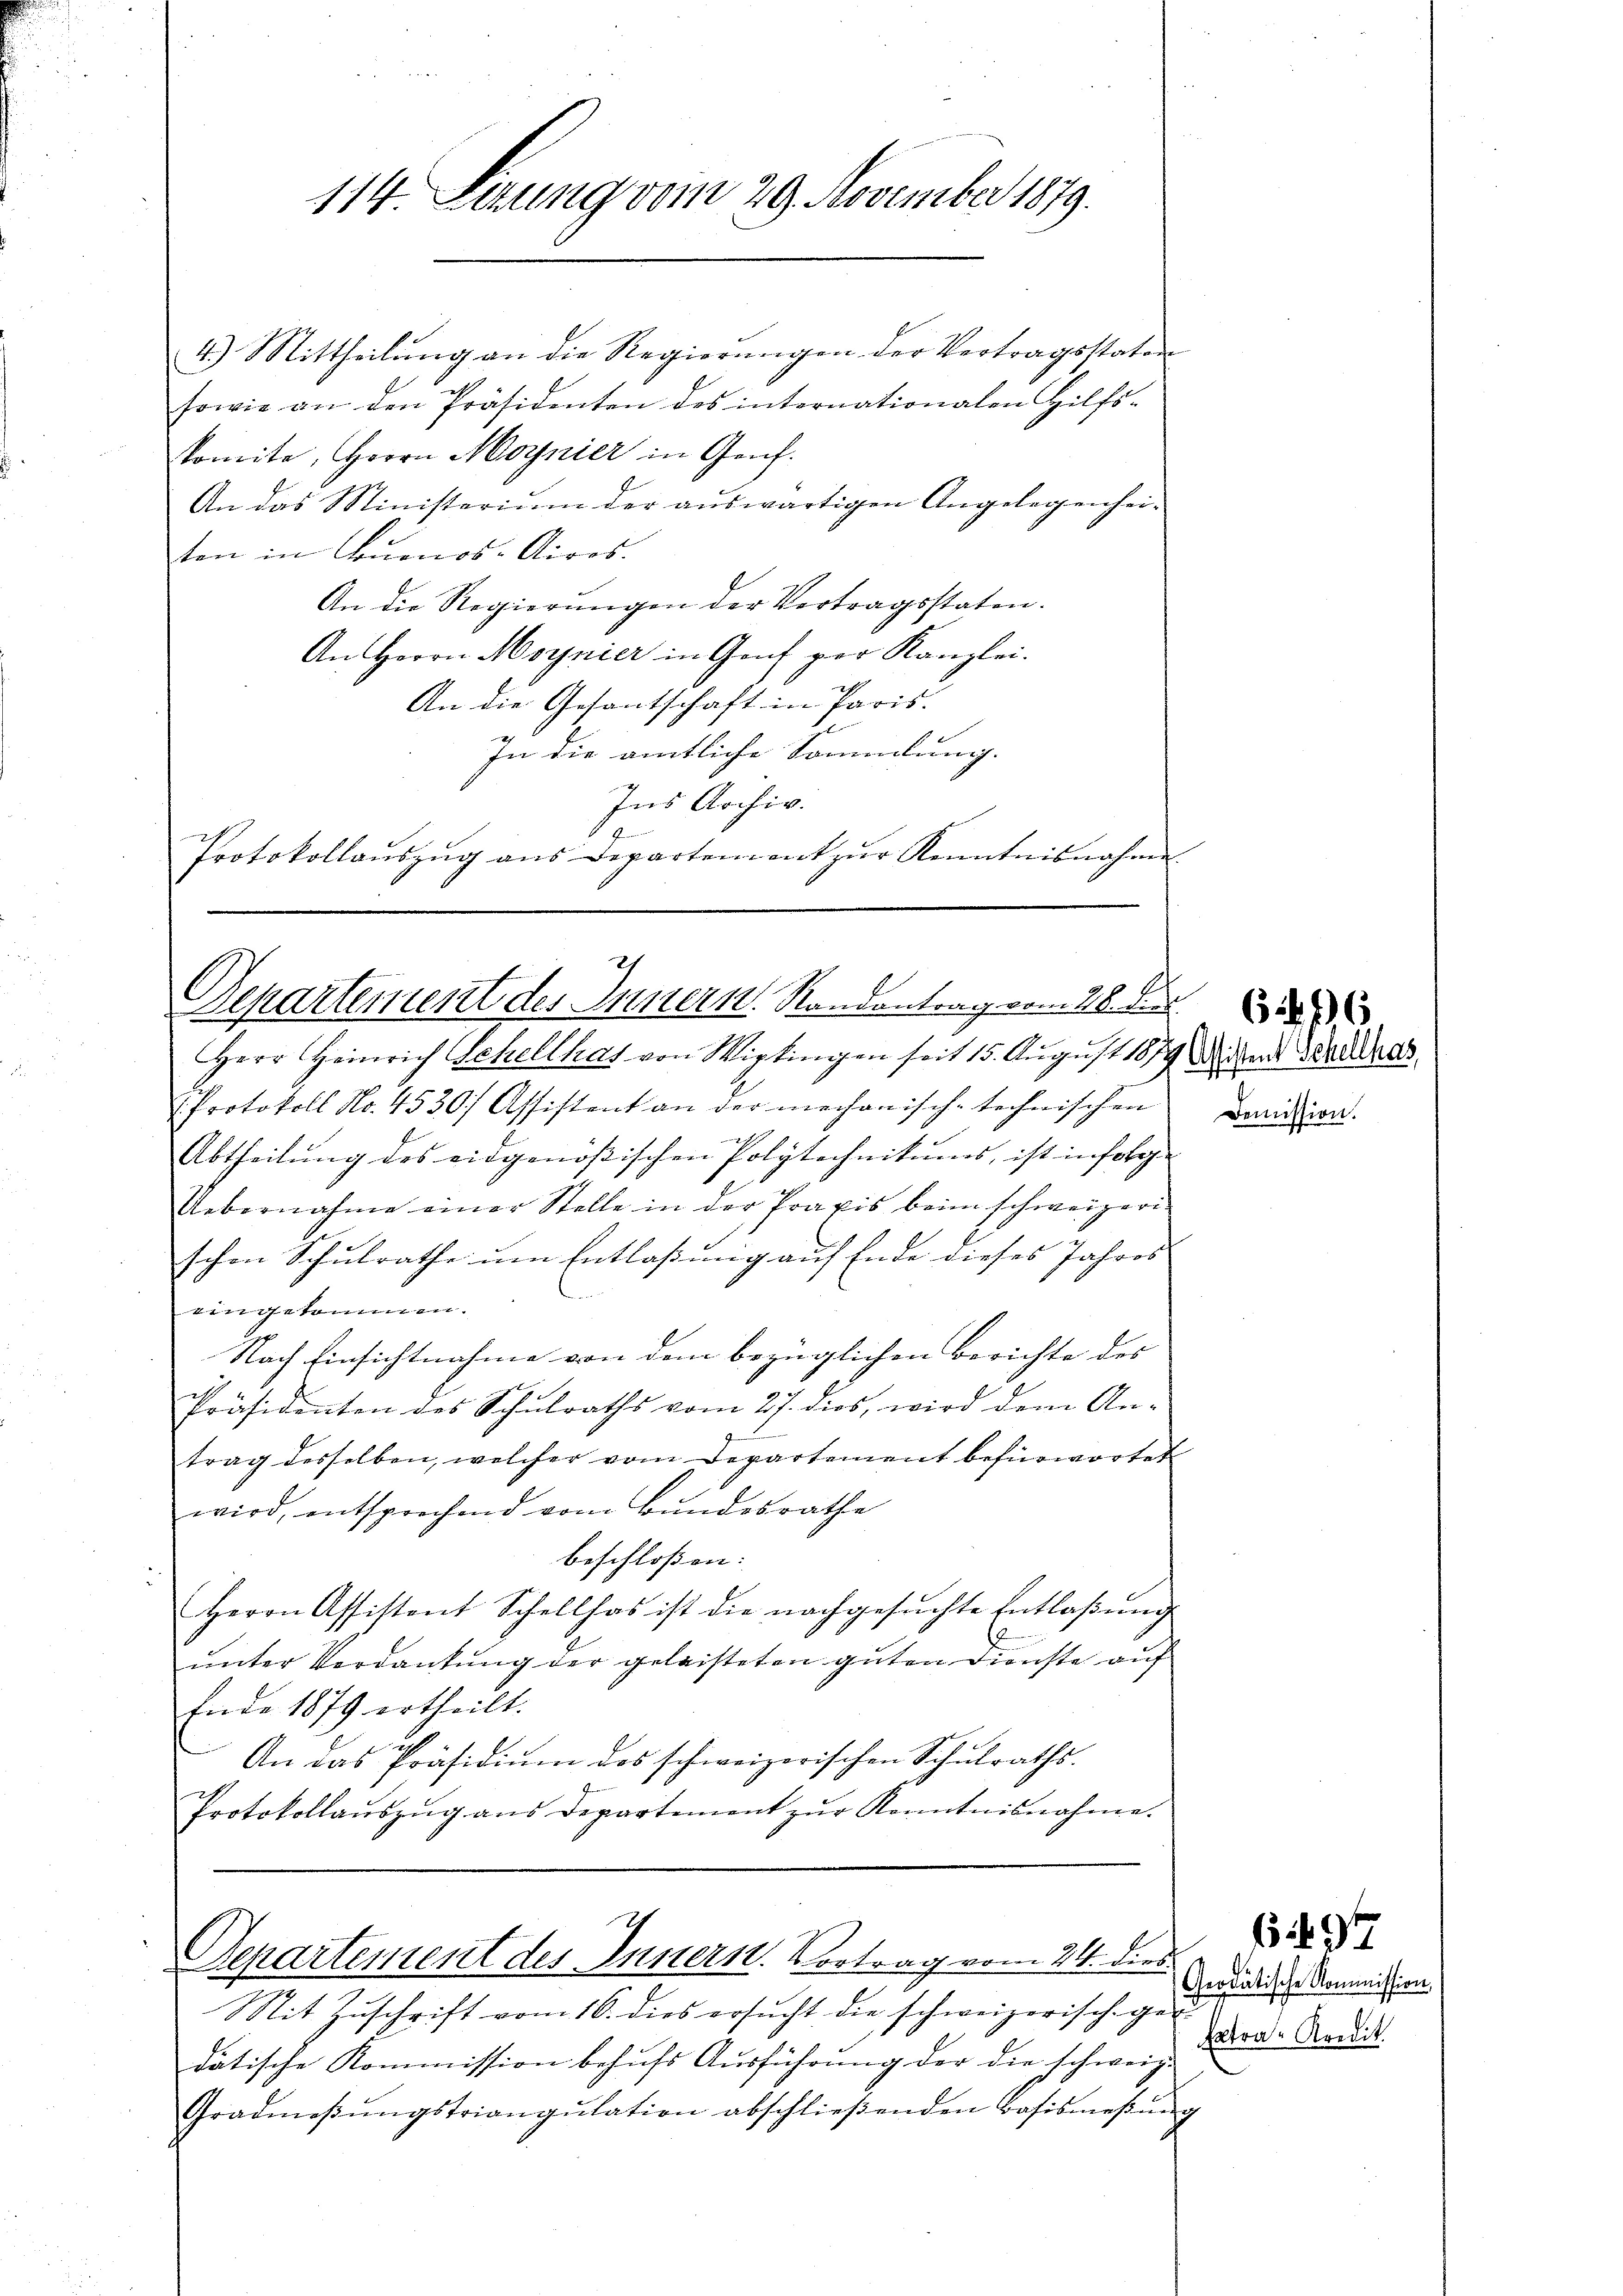
114 Sizung vom 29. November 1879.

4.) Mittheilŭng an die Regierŭngen der Vertragsstaten
sowie an den Präsidenten des internationalen Hilfs-
komite, Herrn Moynier in Genf.
An das Ministerium der auswärtigen Angelegenhei-
ten in Buenos-Aires.
An die Regierŭngen der Vertragsstaten.
An Herrn Moynier in Genf per Kanzlei-
An die Gesantschaft in Paris.
In die amtliche Sammlung.
Ins Archiv.

Protokollaŭszŭg ans Departement zŭr Kenntnisnahme

Departement des Innern Randantrag vom 28. de

Herr Heinrich Schellhas von Wipkingen seit 15. August 1879 die Belas
PProtokoll No. 4530/ Assistent an der mechanisch-techerischen
Abtheilung des eidgenößischen Polytechnikums, ist infolg
Uebernahme einer Stelle in der Praxis beim schweizeri
schon Schulrathe um Entlaßung auf Ende dieses Jahres
vingekommen.
Nach Einsichtnahme von dem bezüglichen Berichte des
Präsidenten des Schŭlraths vom 27. dies, wird dem An-
trag desselben, welcher vom Departement befürwortet
wird, entsprechend vom Bundesrathe
beschloßen:
Herrn Assistant Schellhos ist die nachgesŭchte Entlaβŭng
unter Verdankung der geleisteten guten Dienste auf
Ende 1879 ertheilt.
An das Präsidiŭm des schweizerischen Schulraths-
Protokollaŭszŭg ans Departement zŭr Kenntnisnahme.

Departement des Innern. Vortrag vom 24. dies

Sit Zuschrift vom 16. dies ersucht die schweizerische Ge-
dätische Kommission behŭfs Aŭsführŭng der die schweiz. Para-Verdi
Gradmaβŭngstriangŭlation abschlieβenden Basismeβŭng

Demission.

Geodätische Kommission,

(1494